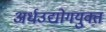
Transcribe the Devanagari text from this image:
अर्धउद्योगयुक्त